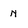
Character: n